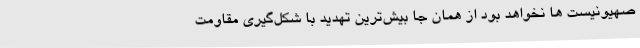
صهیونیست ها نخواهد بود از همان جا بیش‌ترین تهدید با شکل‌گیری مقاومت